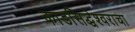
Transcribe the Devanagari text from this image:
काडसिद्धेश्वराचा